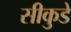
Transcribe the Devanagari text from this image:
सीकुडे